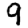
Digit: 9